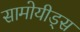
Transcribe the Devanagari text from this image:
सामोयीड्स